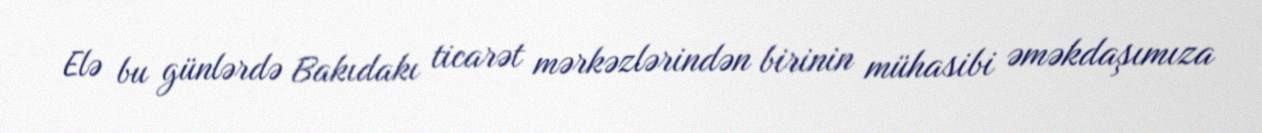
Elə bu günlərdə Bakıdakı ticarət mərkəzlərindən birinin mühasibi əməkdaşımıza